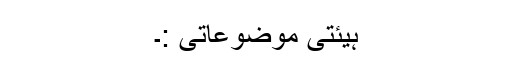
ہیئتی موضوعاتی :۔